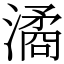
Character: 潏